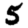
Digit: 5